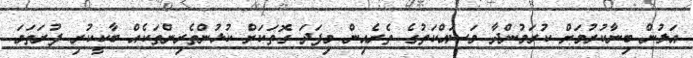
އަލުން ބިނާކުރުމަށް ކުރަމުންދާ މަސައްކަތުގެ ތެރެއިން މިފަދަ ގޮތަކަށް ކުޅުންތެރިންތަކެއް ބާކީކުރި ފުރަތަމަ